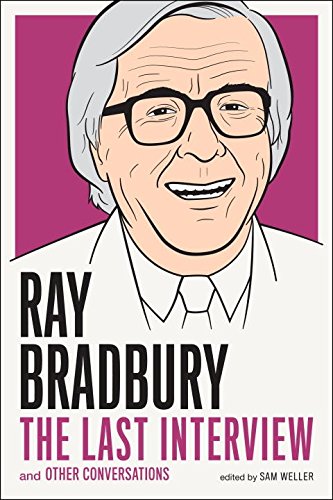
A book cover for Ray Bradbury: The Last Interview: And other Conversations (The Last Interview Series); Ray Bradbury; Mystery, Thriller & Suspense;